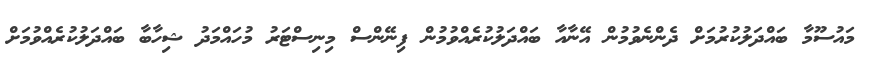
މައުސޫމާ ބައްދަލުކުރުމަށް ދެންނެވުމުން އޭނާއާ ބައްދަލުކުރެއްވުމުން ފިނޭންސް މިނިސްޓަރު މުހައްމަދު ޝިހާބާ ބައްދަލުކުރެއްވުމަށް